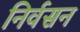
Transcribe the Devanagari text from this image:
निर्वसन